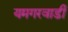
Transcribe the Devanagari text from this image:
यमगरवाडी